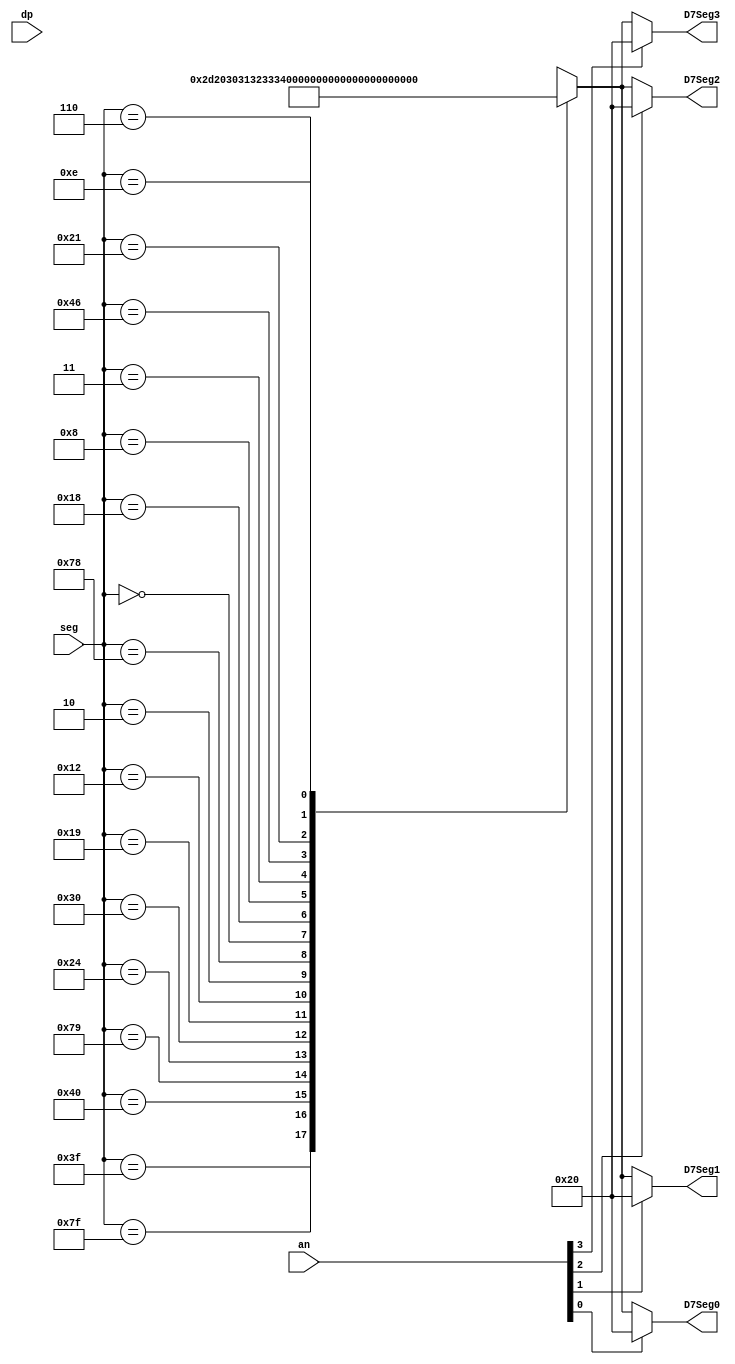
`timescale 1ns / 1ps
//////////////////////////////////////////////////////////////////////////////////
// Company: 
// Engineer: 
// 
// Design Name: 
// Module Name: show_7segDisplay
// Project Name: 
// Target Devices: 
// Tool Versions: 
// Description: 
// 
// Dependencies: 
// 
// Revision:
// Revision 0.01 - File Created
// Additional Comments:
// 
//////////////////////////////////////////////////////////////////////////////////


//wire [7:0] D7Seg3,D7Seg2,D7Seg1,D7Seg0;  
//show_7segDisplay  showit (.seg(seg),.dp(dp),.an(an),
//  .D7Seg0(D7Seg0),.D7Seg1(D7Seg1),.D7Seg2(D7Seg2),.D7Seg3(D7Seg3));
 
  
module show_7segDisplay (
 input [6:0] seg,
 input dp,
 input [3:0] an,
 output reg [7:0] D7Seg0, D7Seg1, D7Seg2,D7Seg3);

 reg [7:0] val;
 
 wire AN0, AN1, AN2, AN3;
 assign AN0=an[0];
 assign AN1=an[1];
 assign AN2=an[2];
 assign AN3=an[3];

  always @(AN0 or val)
   begin
            if (AN0 == 0) D7Seg0 <= val;
            else if (AN0 == 1) D7Seg0 <= " ";
            else D7Seg0 <= 8'bX;   //  non-blocking assignment
   end

  always @(AN1 or val)
   begin
            if (AN1 == 0) D7Seg1 <= val;
            else if (AN1 == 1) D7Seg1 <= " ";
            else D7Seg1 <= 8'bX;   //  non-blocking assignment
   end

  always @(AN2 or val)
   begin
            if (AN2 == 0) D7Seg2 <= val;
            else if (AN2 == 1) D7Seg2 <= " ";
            else D7Seg2 <= 8'bX;   //  non-blocking assignment
   end

  always @(AN3 or val)
   begin
            if (AN3 == 0) D7Seg3 <= val;
            else if (AN3 == 1) D7Seg3 <= " ";
            else D7Seg3 <= 8'bX;   //  non-blocking assignment
   end

    always @(seg)
    case (seg)
    7'b0111111:
         val = "-";
    7'b1111111:
         val = " ";
    7'b1000000:
         val = "0";
    7'b1111001:
         val = "1";
    7'b0100100:
         val = "2";
    7'b0110000:
         val = "3";
    7'b0011001:
         val = "4";
    7'b0010010:
         val = "5";
    7'b0000010:
         val = "6";
    7'b1111000:
         val = "7";
    7'b0000000:
         val = "8";
    7'b0011000:
         val = "9";
    7'b0001000:
         val = "A";
    7'b0000011:
         val = "B";
    7'b1000110:
         val = "C";
    7'b0100001:
         val = "D";
    7'b0000110:
         val = "E";
    7'b0001110:
         val = "F";
    default:
         val = 8'bX;
    endcase
endmodule